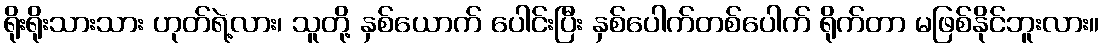
ရိုးရိုးသားသား ဟုတ်ရဲ့လား၊ သူတို့ နှစ်ယောက် ပေါင်းပြီး နှစ်ပေါက်တစ်ပေါက် ရိုက်တာ မဖြစ်နိုင်ဘူးလား။